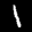
Label: 1